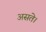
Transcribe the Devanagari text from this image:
असते।